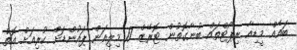
ބައެއް މީޑިއާ ރިޕޯޓްތައް ބުނާގޮތުން ޓޮރޭޒް 17 މިލިއަން ޕައުންޑަށް ކުރިއަށް އޮތް